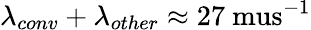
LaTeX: \lambda_{conv}+\lambda_{other}\approx 27\mathrm{\ mus}^{-1}